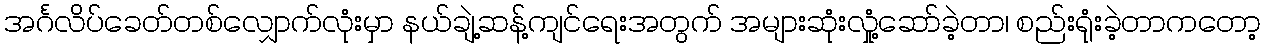
အင်္ဂလိပ်ခေတ်တစ်လျှောက်လုံးမှာ နယ်ချဲ့ဆန့်ကျင်ရေးအတွက် အများဆုံးလှုံ့ဆော်ခဲ့တာ၊ စည်းရုံးခဲ့တာကတော့